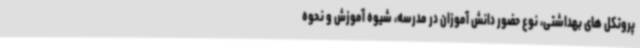
پروتکل های بهداشتی، نوع حضور دانش آموزان در مدرسه، شیوه آموزش و نحوه